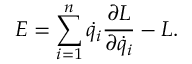
E = \sum _ { i = 1 } ^ { n } { \dot { q } } _ { i } { \frac { \partial L } { \partial { \dot { q } } _ { i } } } - L .